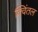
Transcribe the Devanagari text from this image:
क्विंतल